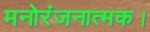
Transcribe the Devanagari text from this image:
मनोरंजनात्मक।